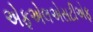
એફએલએસટીએફ